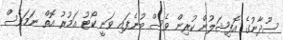
ސޫދާނުގެ އޮފިޝަލުން ކުރިން ވެސް ބުނެފައި ވަނީ ކޯޓު އަމުރު އޮތް ނަމަވެސް